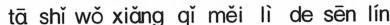
tā shǐ wǒ xiǎng qǐ měi lì de sēn lín